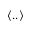
\langle . . \rangle